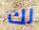
لك